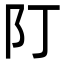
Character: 䦺